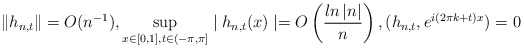
\begin{align*}\left\Vert h_{n,t}\right\Vert =O(n^{-1}),\sup_{x\in\lbrack0,1],t\in(-\pi,\pi]}\mid h_{n,t}(x)\mid=O\left( \frac{ln\left\vert n\right\vert }{n}\right) ,(h_{n,t},e^{i(2\pi k+t)x})=0\end{align*}